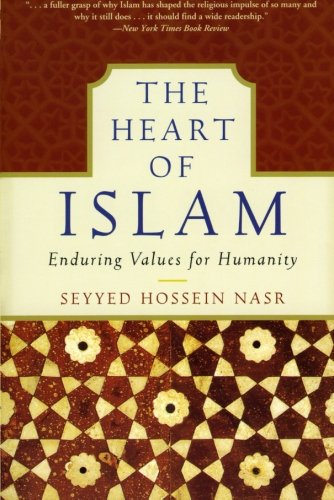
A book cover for The Heart of Islam: Enduring Values for Humanity; Seyyed Hossein Nasr; Religion & Spirituality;